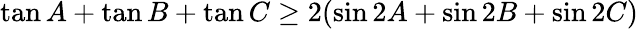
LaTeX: \tan A+\tan B+\tan C\geq 2(\sin 2A+\sin 2B+\sin 2C)